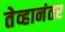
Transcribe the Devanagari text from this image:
तेव्हानंतर